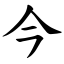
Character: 今